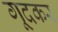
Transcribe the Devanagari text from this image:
गूदकर